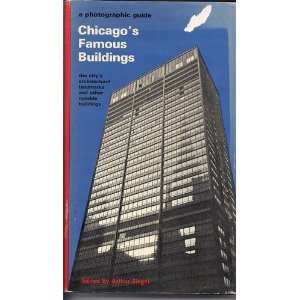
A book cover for Chicago's famous buildings; a photographic guide to the city's architectural landmarks and other notable buildings; Arthur S. Siegel; Travel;